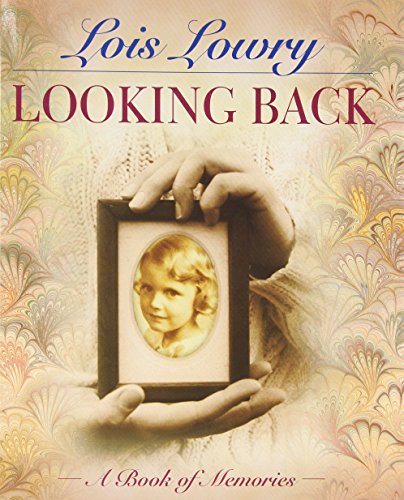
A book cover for Looking Back: A Book of Memories; Lois Lowry; Children's Books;